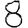
Digit: 8